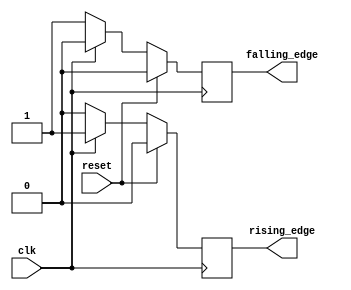
`timescale 1ns / 1ps
//////////////////////////////////////////////////////////////////////////////////
// Company: 
// Engineer: 
// 
// Design Name: 
// Module Name: edge_detector_clk
// Project Name: 
// Target Devices: 
// Tool Versions: 
// Description: 
// 
// Dependencies: 
// 
// Revision:
// Revision 0.01 - File Created
// Additional Comments:
// 
//////////////////////////////////////////////////////////////////////////////////


module edge_detector_clk(
input wire clk, reset,
output reg rising_edge, falling_edge
    );
    always @(posedge clk)
    begin
    if (reset)
    begin
    rising_edge <= 0;
    falling_edge <= 0;
    end
    
    else if (clk)
    begin
    rising_edge <= 1;
    falling_edge <= 0;
    end
    
    else
    begin
    rising_edge <= 0;
    falling_edge <= 1;
    end
    end
endmodule